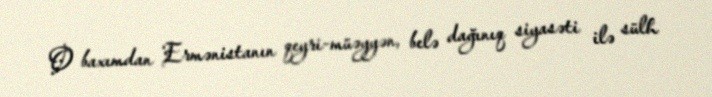
O baxımdan Ermənistanın qeyri-müəyyən, belə dağınıq siyasəti ilə sülh